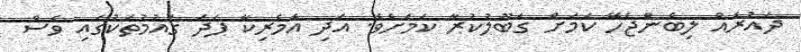
ދައުރެއް ލިބެންޖެހޭ ކަމަށް ގަބޫލުކުރާ ކަމަށެވެ. އަދި އެމެރިކާ ފަދަ ގައުމުތަކުގައި ވެސް